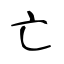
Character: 亡